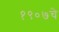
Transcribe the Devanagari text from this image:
१९०७चे